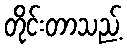
တိုင်းတာသည့်